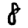
Digit: 8